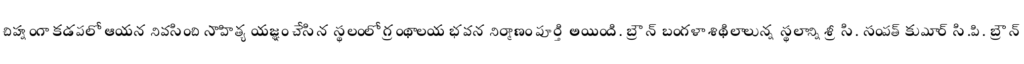
చిహ్నంగా కడపలో ఆయన నివసించి సాహిత్య యజ్ఞం చేసిన స్థలంలో గ్రంథాలయ భవన నిర్మాణం పూర్తి అయింది. బ్రౌన్ బంగళా శిథిలాలున్న స్థలాన్ని శ్రీ సి. సంపత్ కుమార్ సి.పి. బ్రౌన్